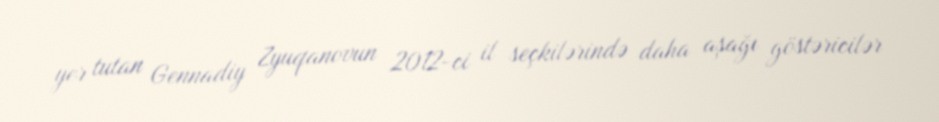
yer tutan Gennadiy Zyuqanovun 2012-ci il seçkilərində daha aşağı göstəricilər